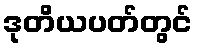
ဒုတိယပတ်တွင်